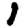
Digit: 1